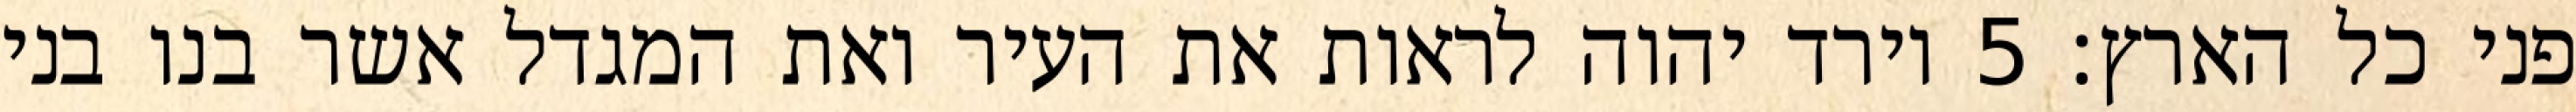
פני כל הארץ׃ ‎5‏ וירד יהוה לראות את העיר ואת המגדל אשר בנו בני